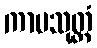
ကာမသုတ္တံ